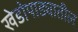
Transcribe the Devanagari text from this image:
खेडोपाड्यातील